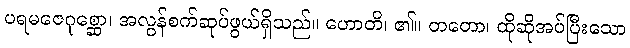
ပရမဇေဂုစ္ဆော၊ အလွန်စက်ဆုပ်ဖွယ်ရှိသည်။ ဟောတိ၊ ၏။ တတော၊ ထိုဆိုအပ်ပြီးသော